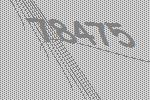
78475